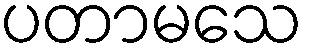
ပတာမသေ